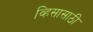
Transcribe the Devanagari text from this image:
व्हिसासाठी